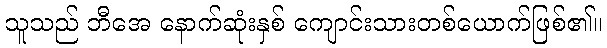
သူသည် ဘီအေ နောက်ဆုံးနှစ် ကျောင်းသားတစ်ယောက်ဖြစ်၏။